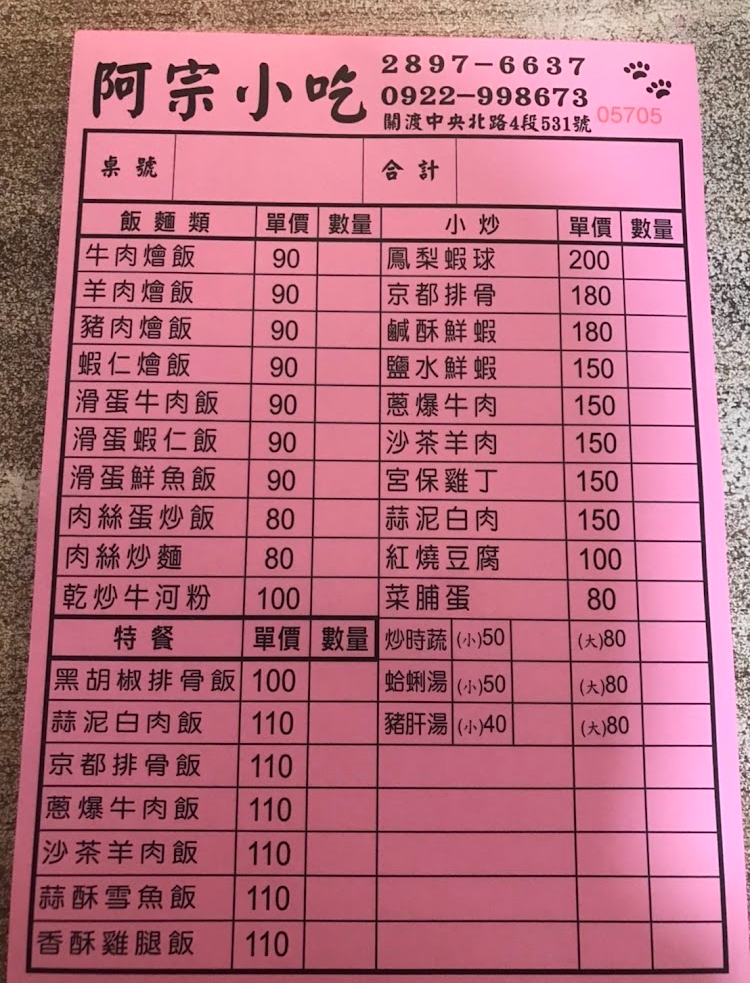
餐廳：阿宗小吃
地址：關渡中央北路4段531號
電話：2897-6637,0922-998673
菜單：
name: 牛肉燴飯
price: 90
name: 羊肉燴飯
price: 90
name: 豬肉燴飯
price: 90
name: 蝦仁燴飯
price: 90
name: 滑蛋牛肉飯
price: 90
name: 滑蛋蝦仁飯
price: 90
name: 滑蛋鮮魚飯
price: 90
name: 肉絲蛋炒飯
price: 80
name: 肉絲炒麵
price: 80
name: 乾炒牛河粉
price: 100
name: 黑胡椒排骨飯
price: 100
name: 蒜泥白肉飯
price: 110
name: 京都排骨飯
price: 110
name: 蔥爆牛肉飯
price: 110
name: 沙茶羊肉飯
price: 110
name: 蒜酥雪魚飯
price: 110
name: 香酥雞腿飯
price: 110
name: 鳳梨蝦球
price: 200
name: 京都排骨
price: 180
name: 鹹酥鮮蝦
price: 180
name: 鹽水鮮蝦
price: 150
name: 蔥爆牛肉
price: 150
name: 沙茶羊肉
price: 150
name: 宮保雞丁
price: 150
name: 蒜泥白肉
price: 150
name: 紅燒豆腐
price: 100
name: 菜脯蛋
price: 80
name: 炒時蔬(小)
price: 50
name: 炒時蔬(大)
price: 80
name: 蛤蜊湯(小)
price: 50
name: 蛤蜊湯(大)
price: 80
name: 豬肝湯(小)
price: 40
name: 豬肝湯(大)
price: 80